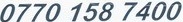
0770 158 7400